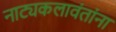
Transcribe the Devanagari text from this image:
नाट्यकलावंतांना